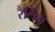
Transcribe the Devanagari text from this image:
रैलिंग